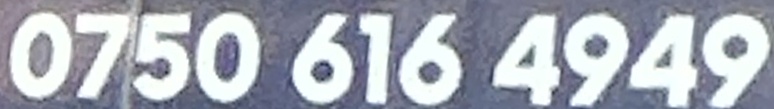
0750 616 4949